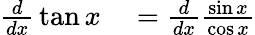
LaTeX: \begin{array}{rl}{{\frac{d}{dx}}\tan x}&{{}={\frac{d}{dx}}{\frac{\sin x}{\cos x}}}\end{array}